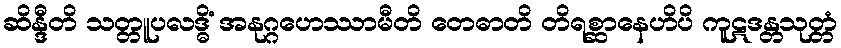
ဆိန္ဒီတိ သတ္တူပလဒ္ဓိံ အနုဂ္ဂဟေဿာမီတိ တေဓာတိ တိရစ္ဆာနေဟိပိ ကူဋဒန္တသုတ္တံ